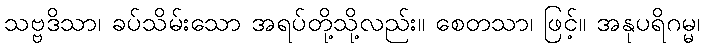
သဗ္ဗဒိသာ၊ ခပ်သိမ်းသော အရပ်တို့သို့လည်း။ စေတသာ၊ ဖြင့်။ အနုပရိဂမ္မ၊